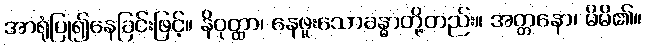
အာရုံပြု၍နေခြင်းဖြင့်။ နိဝုတ္ထာ၊ နေဖူးသောခန္ဓာတို့တည်း။ အတ္တနော၊ မိမိ၏။